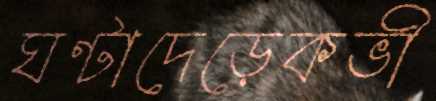
ঘণ্টাদেড়েকভী